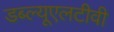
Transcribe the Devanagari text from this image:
डब्ल्यूएलटीवी